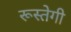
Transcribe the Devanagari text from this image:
रूस्तेगी